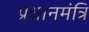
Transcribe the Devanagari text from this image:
प्रधानमंत्रि